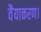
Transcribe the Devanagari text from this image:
वैयाकरण।